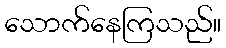
သောက်နေကြသည်။